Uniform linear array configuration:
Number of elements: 16
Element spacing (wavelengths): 0.75
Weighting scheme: uniform
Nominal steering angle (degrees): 0
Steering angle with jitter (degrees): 1.859
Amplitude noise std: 0.05
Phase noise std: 0.05

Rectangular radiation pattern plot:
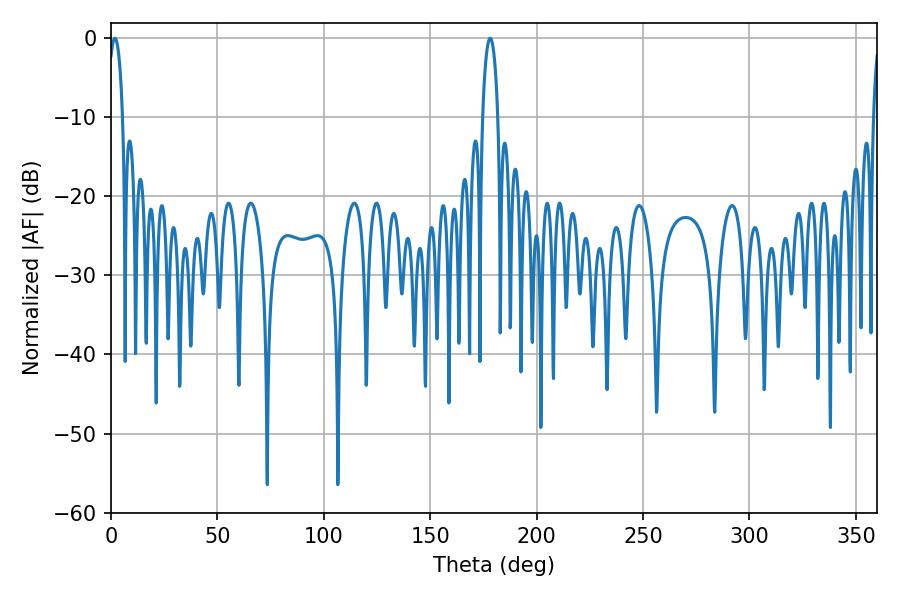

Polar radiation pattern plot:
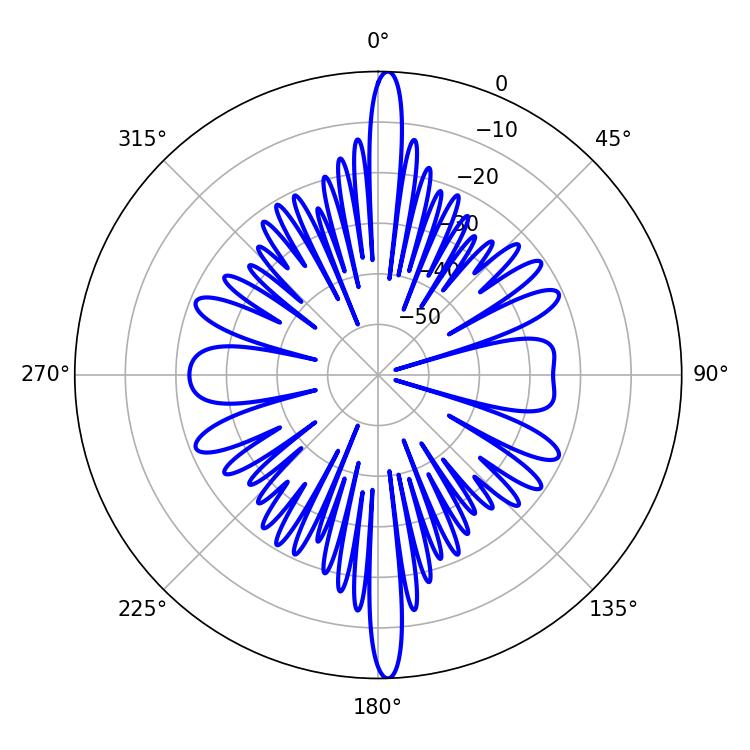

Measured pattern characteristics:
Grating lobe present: TRUE
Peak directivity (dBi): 25.942
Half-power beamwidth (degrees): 3.78
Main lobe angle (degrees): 1.8